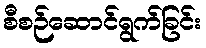
စီစဉ်ဆောင်ရွက်ခြင်း